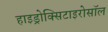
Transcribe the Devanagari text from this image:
हाइड्रोक्सिटाइरोसॉल